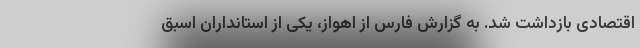
اقتصادی بازداشت شد. به گزارش فارس از اهواز، یکی از استانداران اسبق